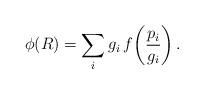
LaTeX: \begin{align*}\phi(R)=\sum_i g_i \,f\!\left(\frac{p_i}{g_i}\right).\end{align*}